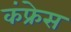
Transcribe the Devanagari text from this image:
कंफ्रेस